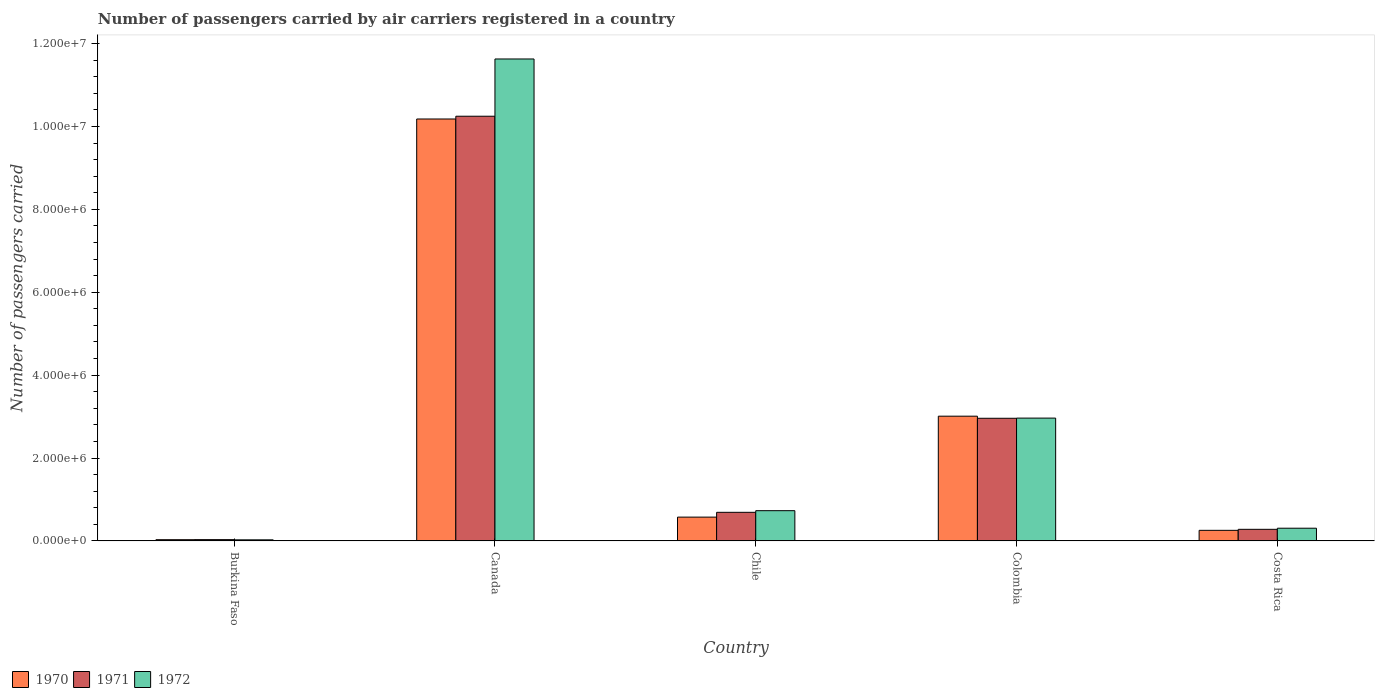
| Country | 1970 | 1971 | 1972 |
 | --- | --- | --- | --- |
 | Burkina Faso | 3.01e+04 | 3.16e+04 | 2.65e+04 |
 | Canada | 1.02e+07 | 1.02e+07 | 1.16e+07 |
 | Chile | 5.75e+05 | 6.91e+05 | 7.3e+05 |
 | Colombia | 3.01e+06 | 2.96e+06 | 2.96e+06 |
 | Costa Rica | 2.56e+05 | 2.8e+05 | 3.07e+05 |